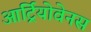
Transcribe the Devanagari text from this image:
आर्ट्रियोवेनस